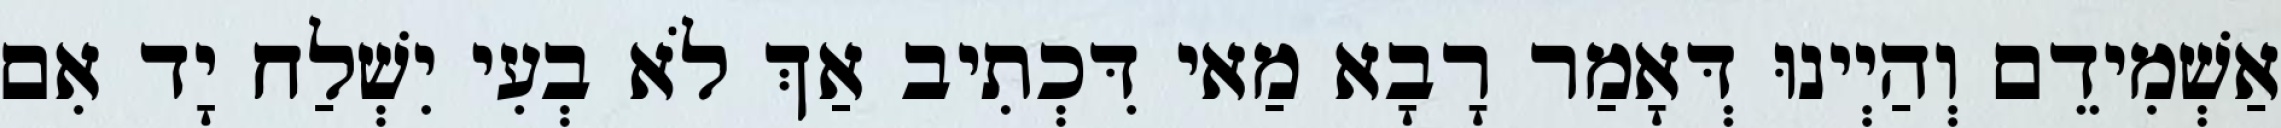
אַשְׁמִידֵם וְהַיְינוּ דְּאָמַר רָבָא מַאי דִּכְתִיב אַךְ לֹא בְעִי יִשְׁלַח יָד אִם